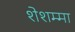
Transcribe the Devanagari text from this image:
शेशम्मा